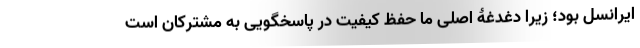
ایرانسل بود؛ زیرا دغدغۀ اصلی ما حفظ کیفیت در پاسخگویی به مشترکان است